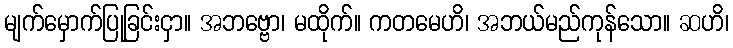
မျက်မှောက်ပြုခြင်းငှာ။ အဘဗ္ဗော၊ မထိုက်။ ကတမေဟိ၊ အဘယ်မည်ကုန်သော။ ဆဟိ၊